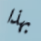
بهذا